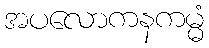
အပလောကနကမ္မံ